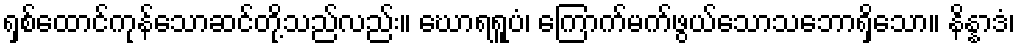
ရှစ်ထောင်ကုန်သောဆင်တို့သည်လည်း။ ဃောရရူပံ၊ ကြောက်မက်ဖွယ်သောသဘောရှိသော။ နိန္နာဒံ၊